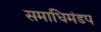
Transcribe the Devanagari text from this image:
समाधिमंडप